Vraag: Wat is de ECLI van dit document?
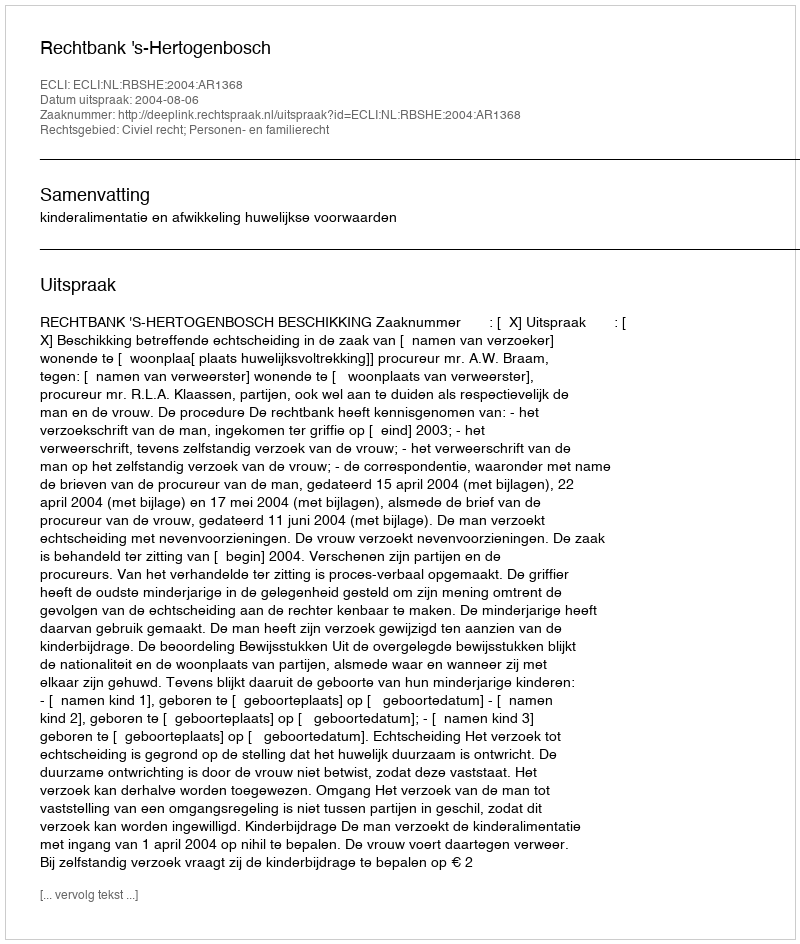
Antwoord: ECLI:NL:RBSHE:2004:AR1368